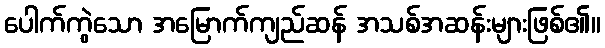
ပေါက်ကွဲသော အမြောက်ကျည်ဆန် အသစ်အဆန်းများဖြစ်၏။